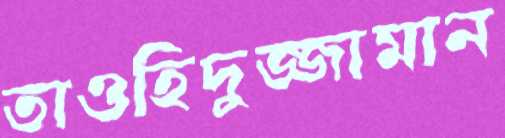
তাওহিদুজ্জামান